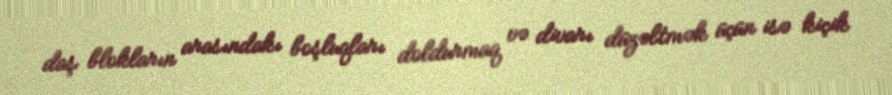
daş blokların arasındakı boşluqları doldurmaq və divarı düzəltmək üçün isə kiçik